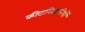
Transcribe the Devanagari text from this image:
कीटविज्ञानियों